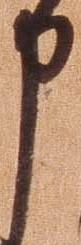
申